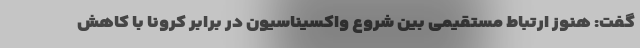
گفت: هنوز ارتباط مستقیمی بین شروع واکسیناسیون در برابر کرونا با کاهش